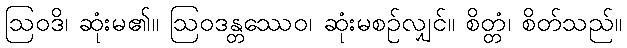
ဩဝဒိ၊ ဆုံးမ၏။ ဩဝဒန္တဿေဝ၊ ဆုံးမစဉ်လျှင်။ စိတ္တံ၊ စိတ်သည်။